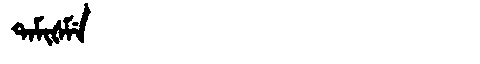
Manchu: ᡨᠠᠮᡳᡧᠮᡝ
Romanization: TAMIŠME